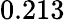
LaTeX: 0.213